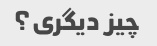
چیز دیگری؟